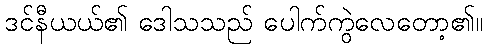
ဒင်နီယယ်၏ ဒေါသသည် ပေါက်ကွဲလေတော့၏။